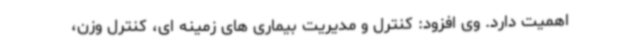
اهمیت دارد. وی افزود: کنترل و مدیریت بیماری های زمینه ای، کنترل وزن،